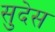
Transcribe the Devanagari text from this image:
सुदेस